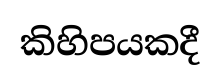
කිහිපයකදී